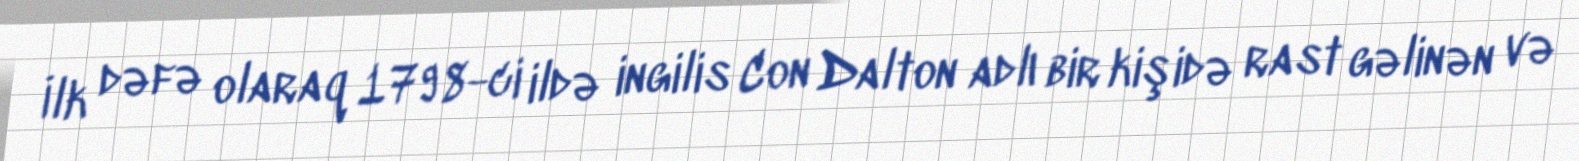
İlk dəfə olaraq 1798-ci ildə ingilis Con Dalton adlı bir kişidə rast gəlinən və